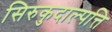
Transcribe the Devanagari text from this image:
सिरुकुदाल्पत्ति